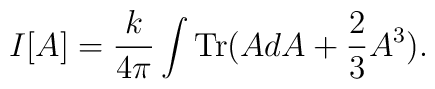
I[A] = \frac{k}{4\pi} \int \mbox{Tr} (A dA + \frac{2}{3} A^3).